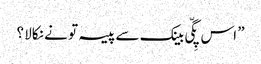
” اس پِگّی بینک سے پیسہ تو نے نکالا ؟